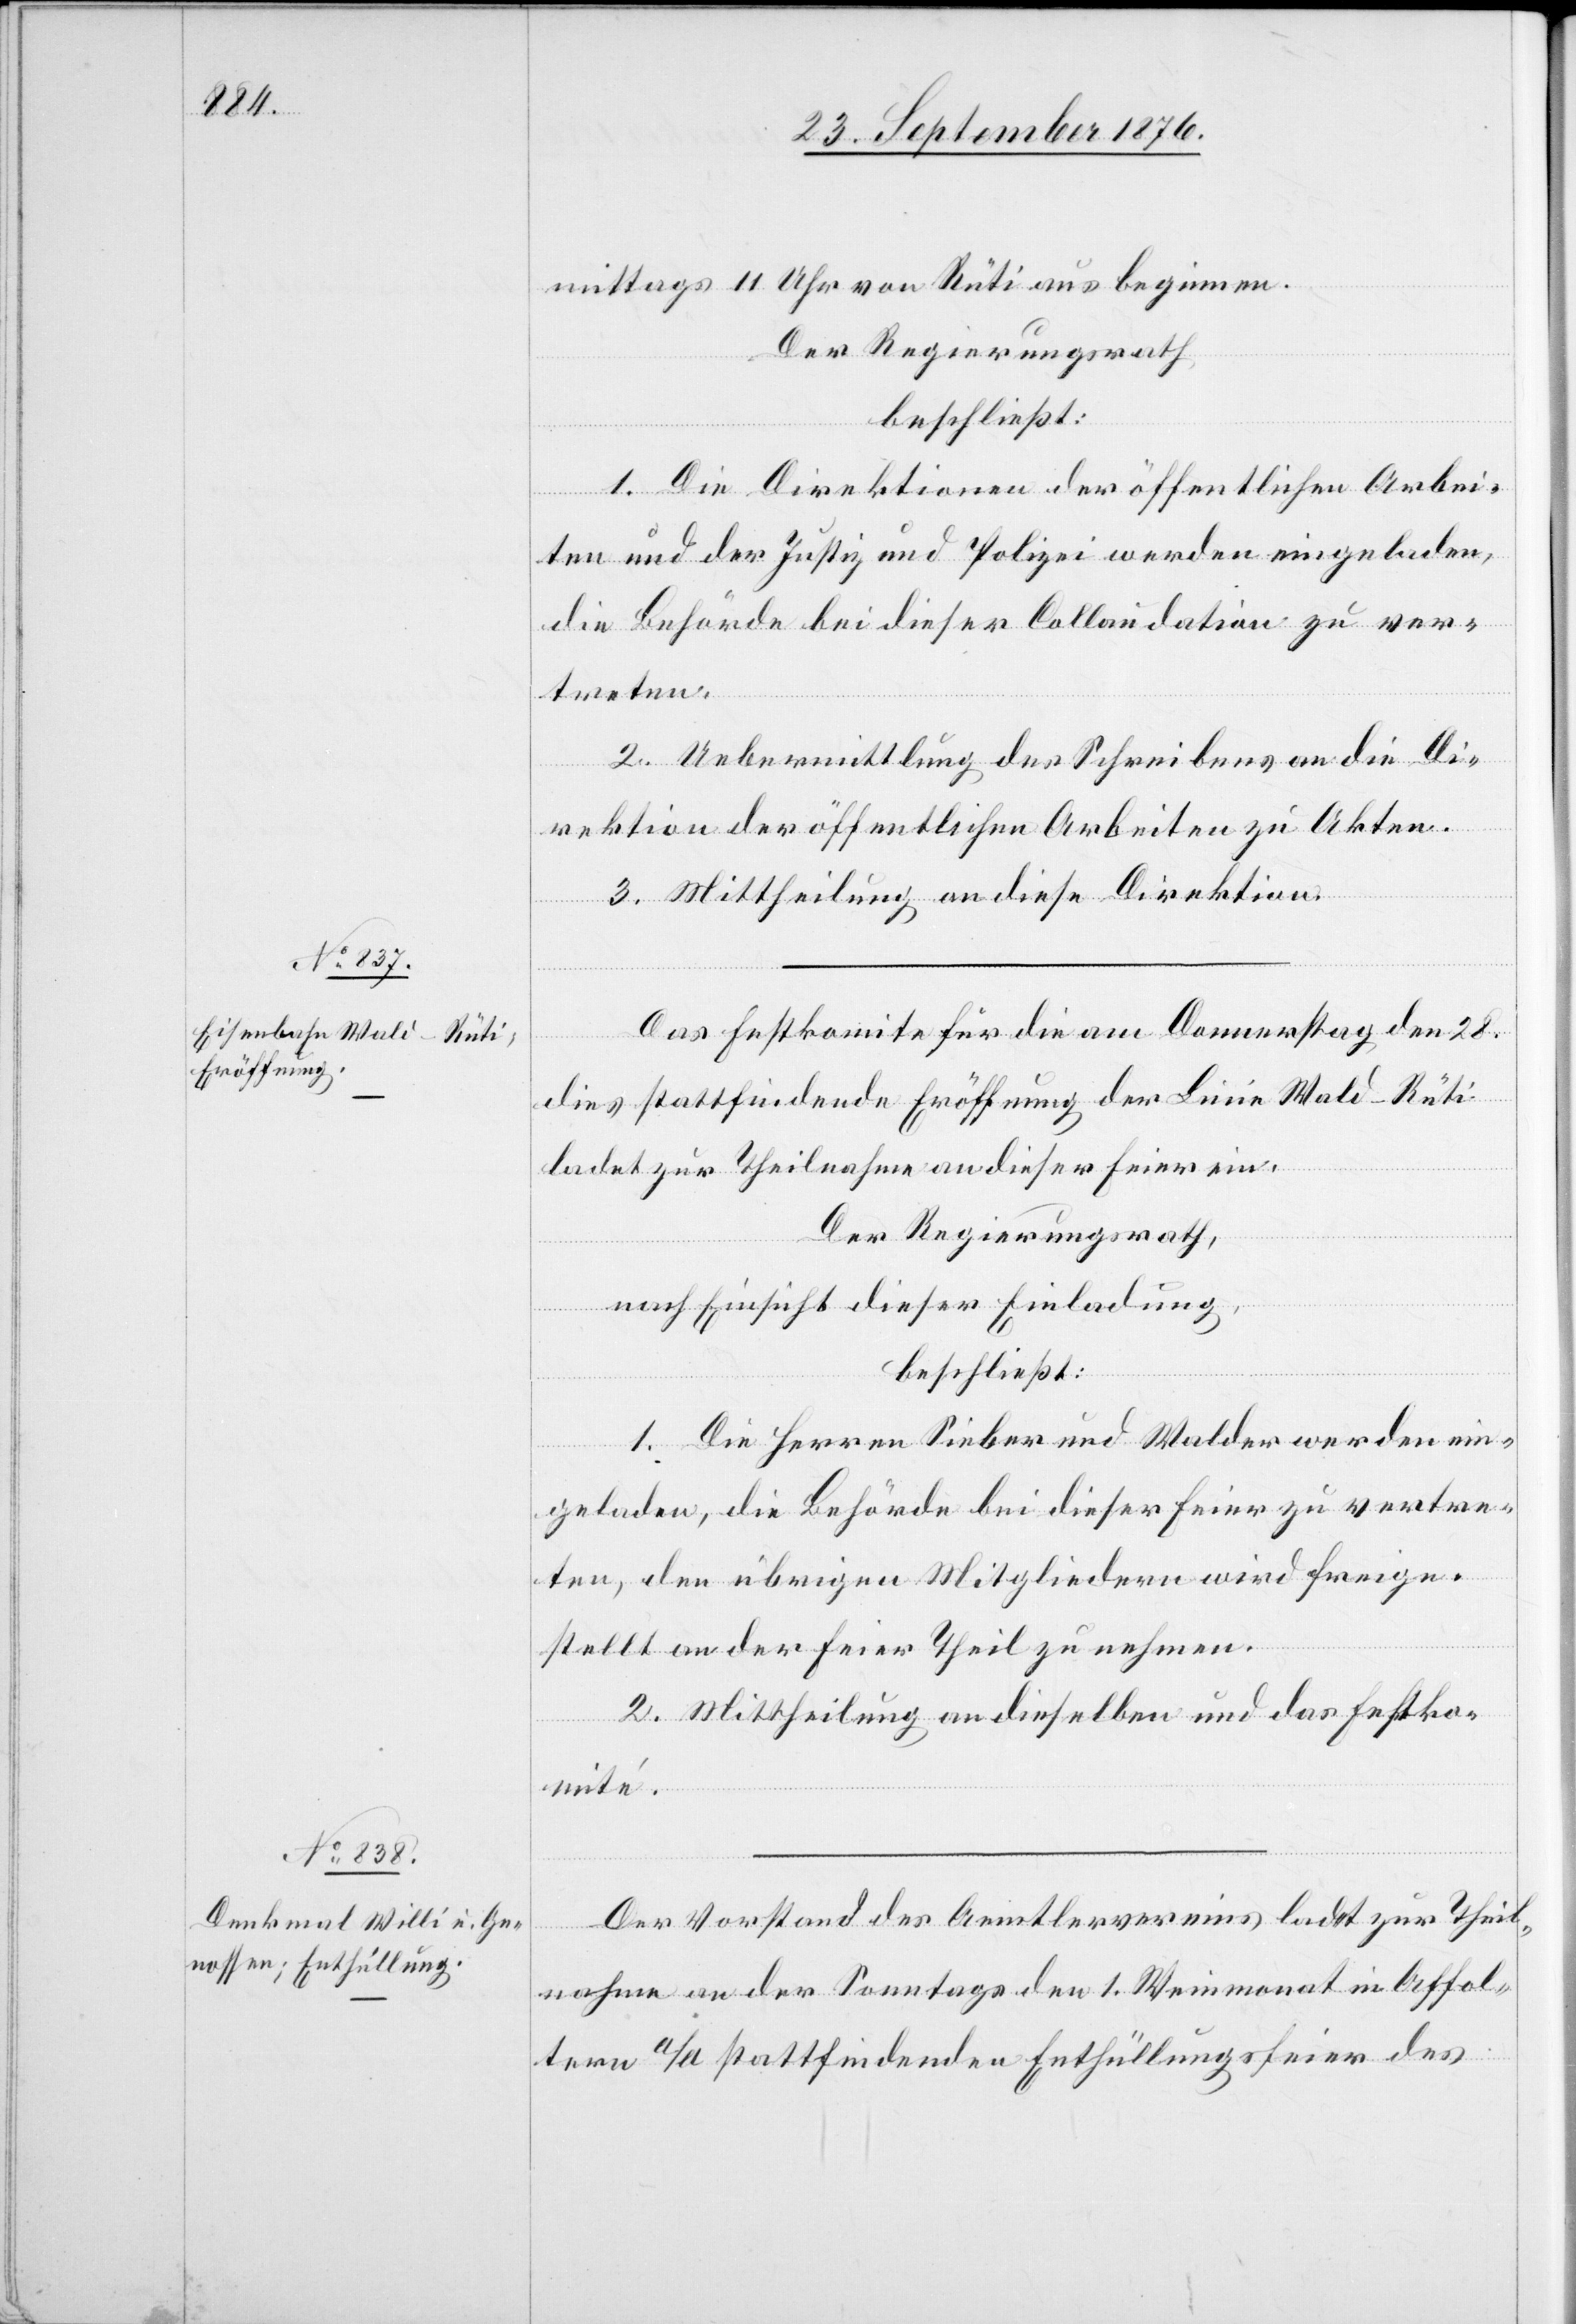
mittags 11 Uhr von Rüti aus beginnen.
Der Regierungsrath,
beschließt:
1. Die Direktionen der öffentlichen Arbei¬
ten und der Justiz und Polizei werden eingeladen,
die Behörde bei dieser Collaudation zu ver¬
treten.
2. Uebermittlung des Schreibens an die Di¬
rektion der öffentlichen Arbeiten zu den Akten.
3. Mittheilung an diese Direktion.
Das Festkomite für die am Donnerstag den 28.
dies stattfindende Eröffnung der Linie Wald–Rüti
ladet zur Theilnahme an dieser Feier ein.
Der Regierungsrath,
nach Einsicht dieser Einladung,
beschließt:
1. Die Herren Sieber und Walder werden ein¬
geladen, die Behörde bei dieser Feier zu vertre¬
ten, den übrigen Mitgliedern wird freige¬
stellt an der Feier Theil zu nehmen.
2. Mittheilung an dieselben und das Festko¬
mité.
Der Vorstand des Aemtlervereins ladet zur Theil¬
nahme an der Sonntags den 1. Weinmonat in Affol¬
tern a/A. stattfindenden Enthüllungsfeier des